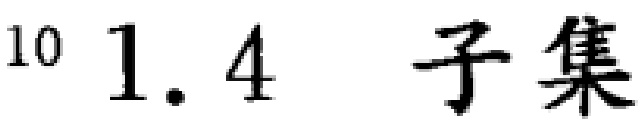
$^{10} 1.4 \ 子集$